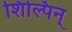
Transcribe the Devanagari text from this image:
शिल्पिन्